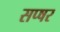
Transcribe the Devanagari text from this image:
सप्षर